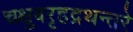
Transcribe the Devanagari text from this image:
चक्षुबरृहद्रथन्तरे